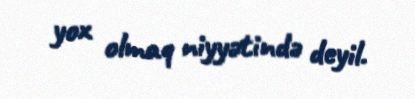
yox olmaq niyyətində deyil.